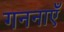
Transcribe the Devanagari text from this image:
गननाएँ